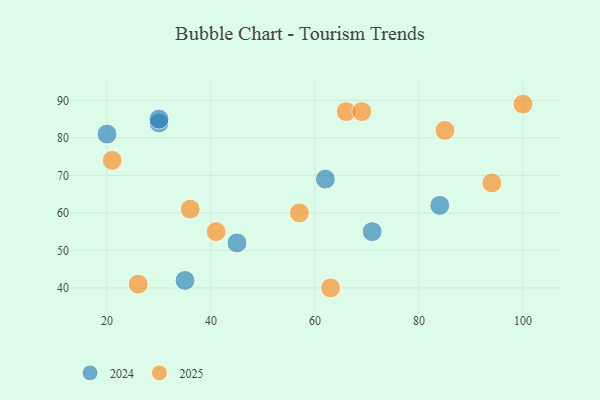
{"axis": {"x": "GDP", "y": "Life Expectancy"}, "legend": ["2024", "2025"], "data": [{"x": "66", "y": 87, "type": "2025"}, {"x": "26", "y": 41, "type": "2025"}, {"x": "57", "y": 60, "type": "2025"}, {"x": "63", "y": 40, "type": "2025"}, {"x": "36", "y": 61, "type": "2025"}, {"x": "94", "y": 68, "type": "2025"}, {"x": "21", "y": 74, "type": "2025"}, {"x": "69", "y": 87, "type": "2025"}, {"x": "41", "y": 55, "type": "2025"}, {"x": "85", "y": 82, "type": "2025"}, {"x": "100", "y": 89, "type": "2025"}, {"x": "30", "y": 84, "type": "2024"}, {"x": "62", "y": 69, "type": "2024"}, {"x": "84", "y": 62, "type": "2024"}, {"x": "71", "y": 55, "type": "2024"}, {"x": "30", "y": 85, "type": "2024"}, {"x": "35", "y": 42, "type": "2024"}, {"x": "20", "y": 81, "type": "2024"}, {"x": "45", "y": 52, "type": "2024"}]}